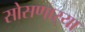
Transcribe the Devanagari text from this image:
सोसणार्‍या